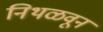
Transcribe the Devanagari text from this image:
निथळवून